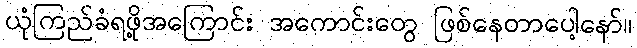
ယုံကြည်ခံရဖို့အကြောင်း အကောင်းတွေ ဖြစ်နေတာပေါ့နော်။